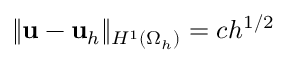
\Vert { { \mathbf u } - { \mathbf u } _ { h } } \Vert _ { H ^ { 1 } ( \Omega _ { h } ) } = c h ^ { 1 / 2 }